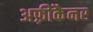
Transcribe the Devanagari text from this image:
अफ़्रीकैनर